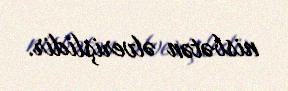
nisbətən əlverişlidir.